38_143685_box_Incident_Summaries_173-233
Agency: Department of War
Page 12
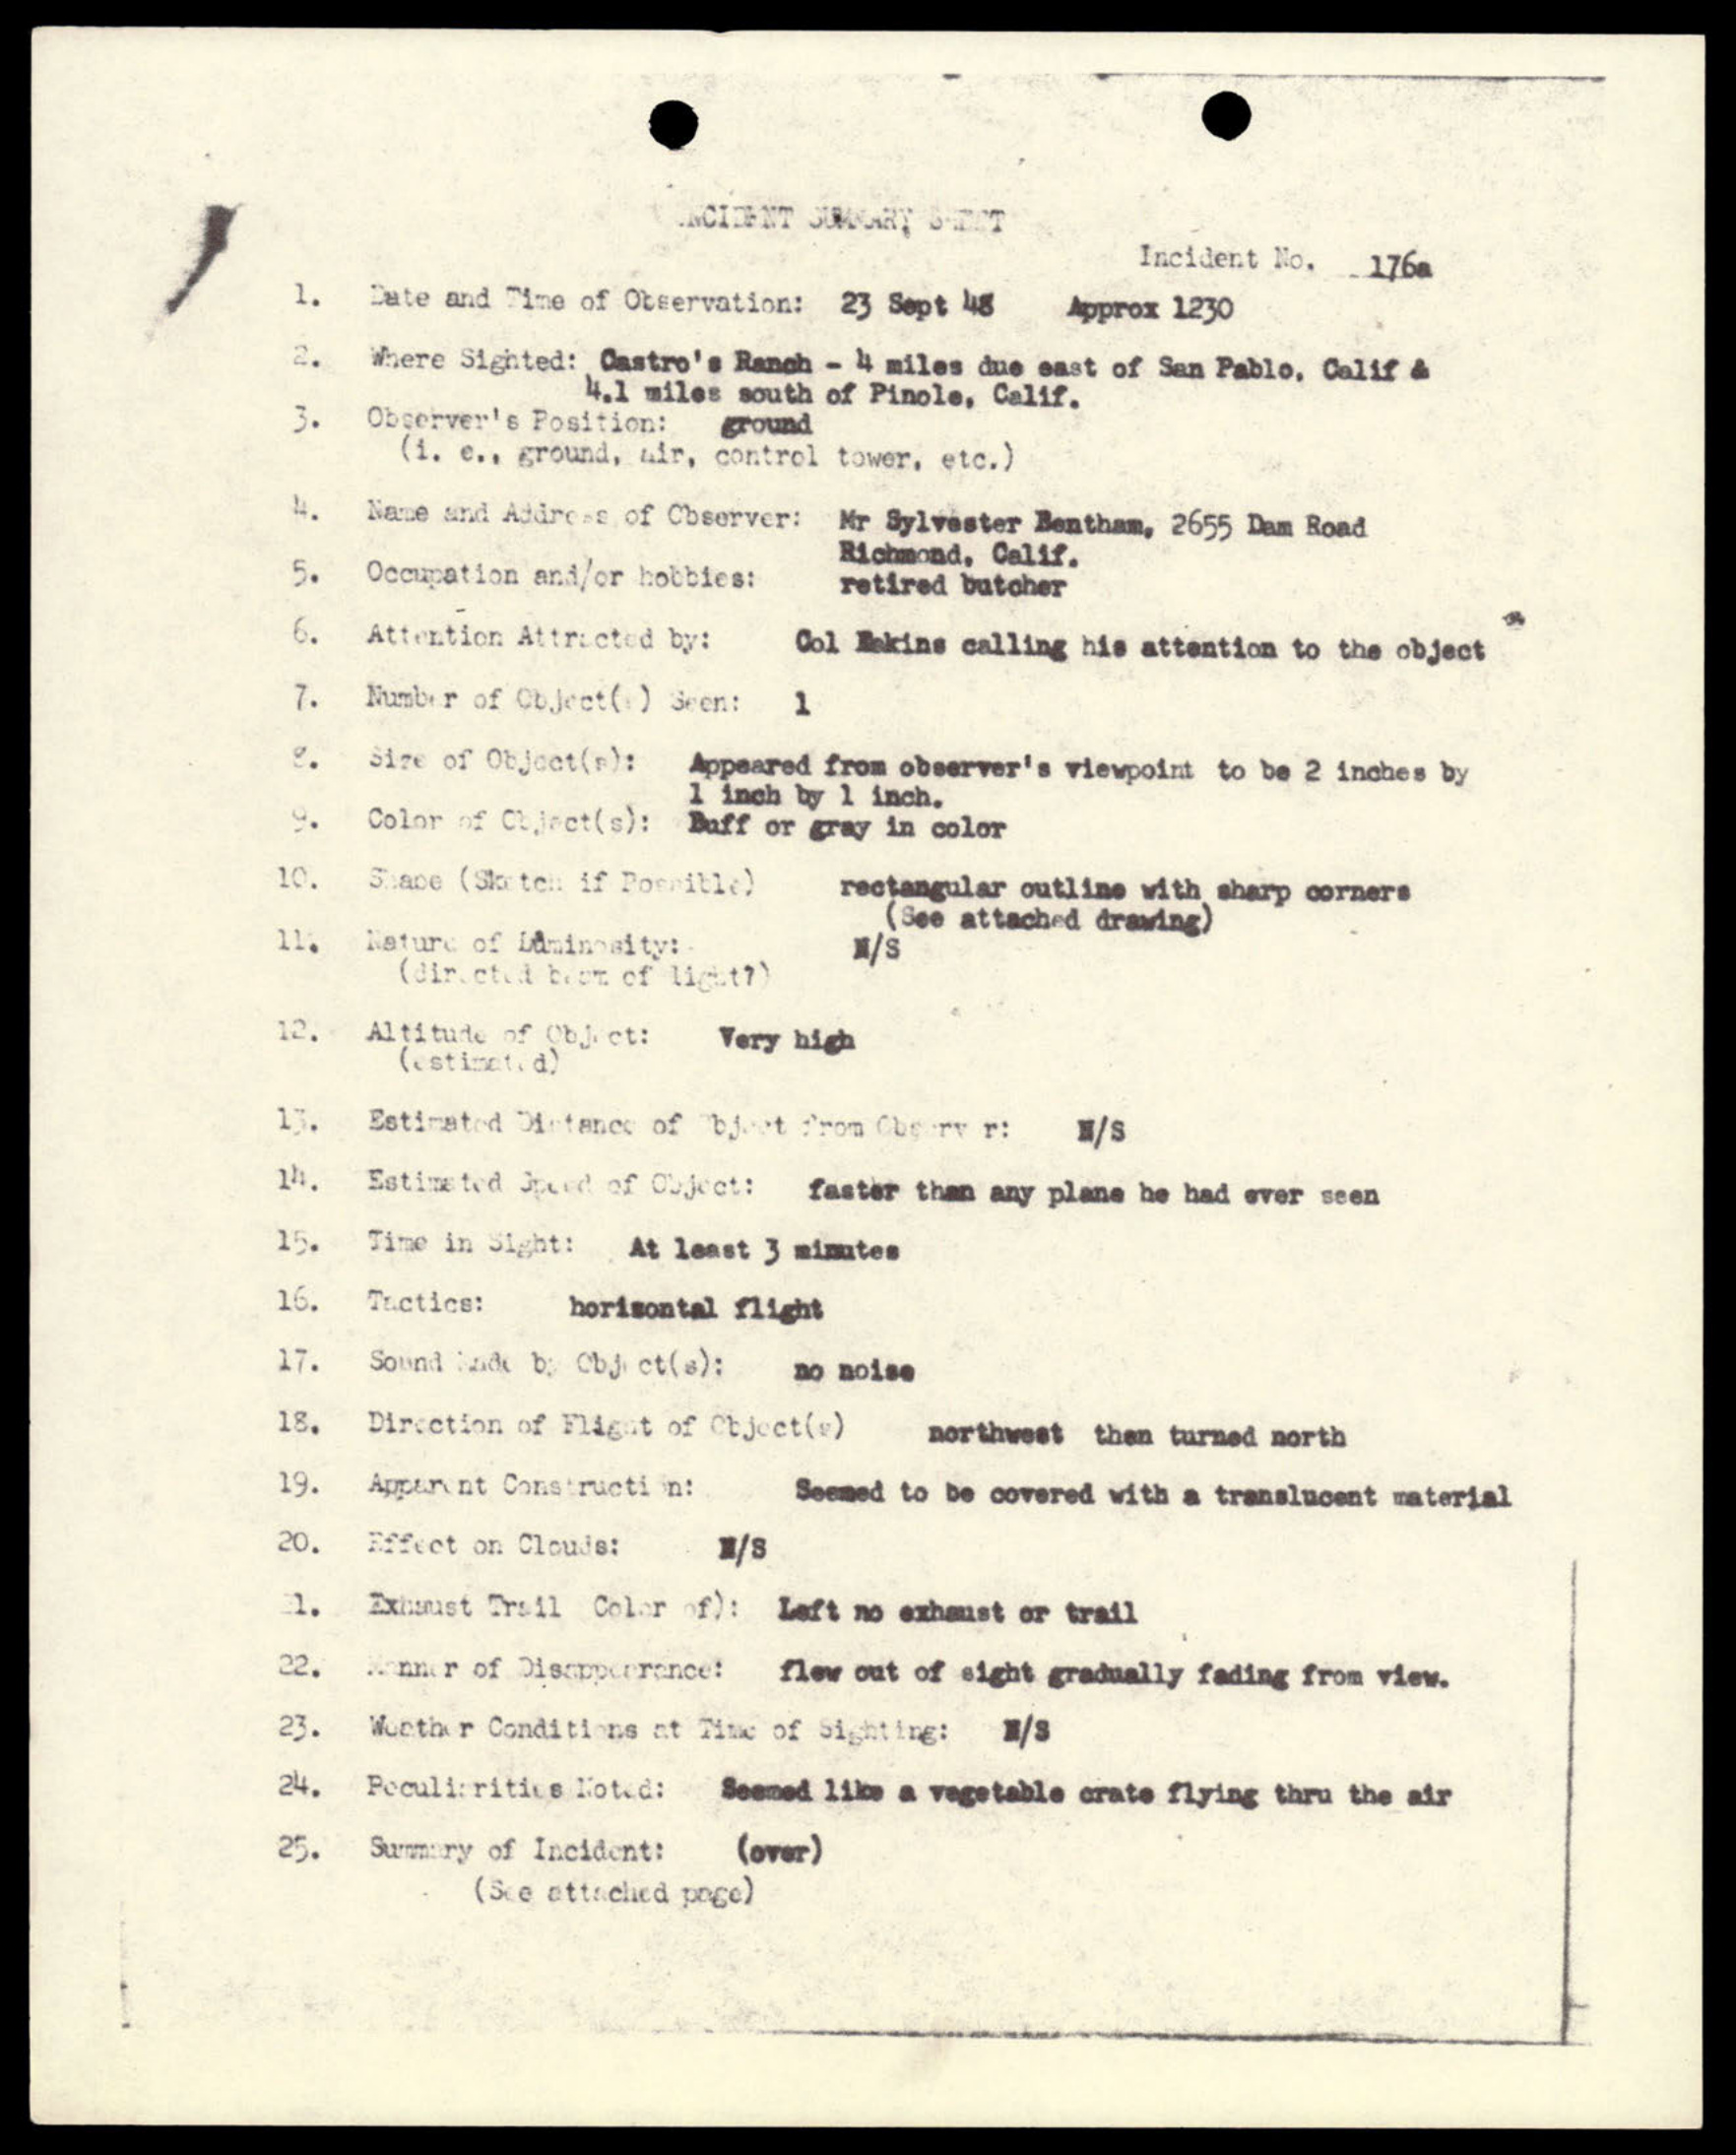